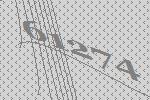
61274